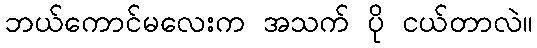
ဘယ်ကောင်မလေးက အသက် ပို ငယ်တာလဲ။